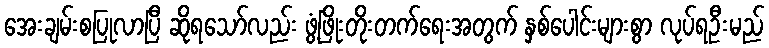
အေးချမ်းစပြုလာပြီ ဆိုရသော်လည်း ဖွံ့ဖြိုးတိုးတက်ရေးအတွက် နှစ်ပေါင်းများစွာ လုပ်ရဦးမည်